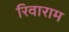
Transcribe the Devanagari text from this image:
रिवाराम